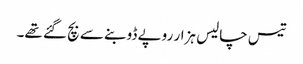
تیس چالیس ہزار روپے ڈوبنے سے بچ گئے تھے۔